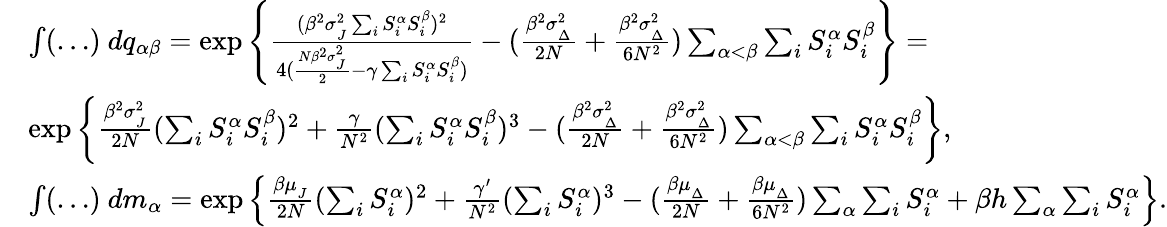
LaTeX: \begin{array}{rl}&{\int(\dots)\ dq_{\alpha\beta}=\exp\left\{ \frac{(\beta^{2}\sigma_{_{J}}^{2}\sum_{i}S_{i}^{\alpha}S_{i}^{\beta})^{2}}{4(\frac{N\beta^{2}\sigma_{_{J}}^{2}}{2}-\gamma\sum_{i}S_{i}^{\alpha}S_{i}^{\beta})}-(\frac{\beta^{2}\sigma_{_{\Delta}}^{2}}{2N}+\frac{\beta^{2}\sigma_{_{\Delta}}^{2}}{6N^{2}})\sum_{\alpha<\beta}\sum_{i}S_{i}^{\alpha}S_{i}^{\beta}\right\} =}\\ &{\exp\left\{ \frac{\beta^{2}\sigma_{_{J}}^{2}}{2N}(\sum_{i}S_{i}^{\alpha}S_{i}^{\beta})^{2}+\frac{\gamma}{N^{2}}(\sum_{i}S_{i}^{\alpha}S_{i}^{\beta})^{3}-(\frac{\beta^{2}\sigma_{_{\Delta}}^{2}}{2N}+\frac{\beta^{2}\sigma_{_{\Delta}}^{2}}{6N^{2}})\sum_{\alpha<\beta}\sum_{i}S_{i}^{\alpha}S_{i}^{\beta}\right\} ,}\\ &{\int(\dots)\ dm_{\alpha}=\exp\left\{ \frac{\beta\mu_{_{J}}}{2N}(\sum_{i}S_{i}^{\alpha})^{2}+\frac{\gamma^{\prime}}{N^{2}}(\sum_{i}S_{i}^{\alpha})^{3}-(\frac{\beta\mu_{_{\Delta}}}{2N}+\frac{\beta\mu_{_{\Delta}}}{6N^{2}})\sum_{\alpha}\sum_{i}S_{i}^{\alpha}+\beta h\sum_{\alpha}\sum_{i}S_{i}^{\alpha}\right\} .}\end{array}